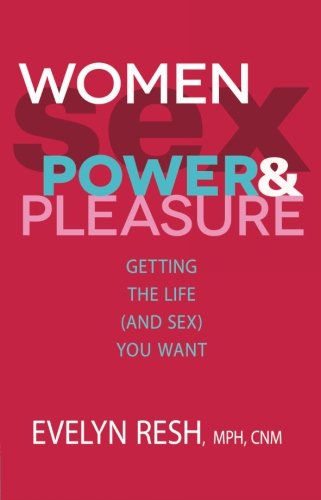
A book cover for Women, Sex, Power, And Pleasure: Getting the Life (and Sex) You Want; Evelyn Resh MPH  CNM; Health, Fitness & Dieting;